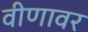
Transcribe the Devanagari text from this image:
वीणावर